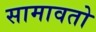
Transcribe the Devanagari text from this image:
सामावतो